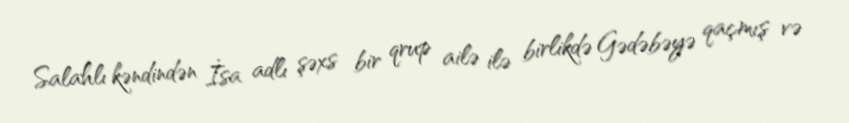
Salahlı kəndindən İsa adlı şəxs bir qrup ailə ilə birlikdə Gədəbəyə qaçmış və